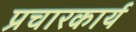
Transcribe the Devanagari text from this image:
प्रचारकार्य